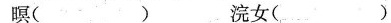
暝( )浣女( )